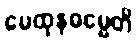
မေထုနဓမ္မေတိ